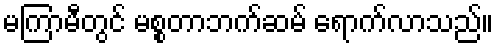
မကြာမီတွင် မစ္စတာဘက်ဆမ် ရောက်လာသည်။